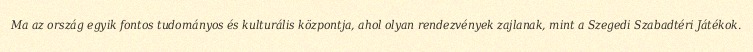
Ma az ország egyik fontos tudományos és kulturális központja, ahol olyan rendezvények zajlanak, mint a Szegedi Szabadtéri Játékok.